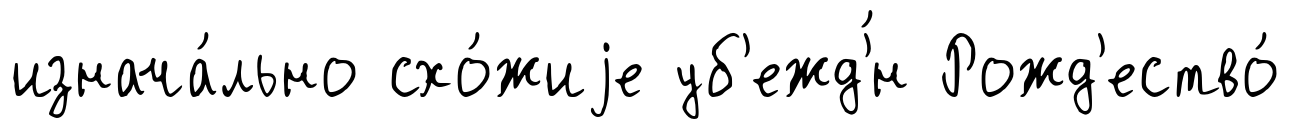
изнача́льно схо́жиjе уб'ежд'́н Рожд'ество́